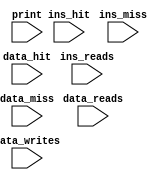
/////////////////////////////////////////////////////////////////////////////////////////
// Authors - Abhishek T Memane, Rahul Marathe, Shubham Lokhande
// statistics.v - Statistics Module 
//
/////////////////////////////////////////////////////////////////////////////////////////
module statistics(
  // Inputs
  input print,
  input [31:0] ins_reads,
  input [31:0] ins_hit,
  input [31:0] ins_miss,

  input [31:0] data_reads,
  input [31:0] data_writes,
  input [31:0] data_hit,
  input [31:0] data_miss
    );

  always @(posedge print)
	//always@(print)
  begin
    $display("==============STATISTICS================");
	$display("--------------Data Cache----------------");
	$display(" Data Reads      = %d", data_reads );
	$display(" Data Writes 	   = %d", data_writes);
    $display(" Hits Data Cache = %d", data_hit);
	$display(" Miss Data Cache = %d", data_miss);
	$display("----------------------------------------");
	$display(" Hit Ratio Data Cache= %.1f%%", (data_reads + data_writes) == 0 ?
      0 : 100.0*(data_hit )/(data_reads + data_writes));
	$display("----------------------------------------");
	$display("--------Instruction Cache---------------");
	$display(" Instruction Reads      = %d", ins_reads );
    $display(" Hits Instruction Cache = %d", ins_hit);
    $display(" Miss Instruction Cache = %d", ins_miss);
	$display("----------------------------------------");
	$display(" Hit Ratio Instruction Cache= %.1f%%", ( ins_reads ) == 0 ?
      0 : 100.0*(ins_hit)/(ins_reads));
	$display("----------------------------------------");    
  end
endmodule